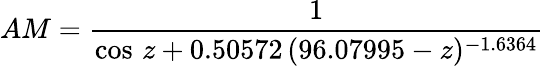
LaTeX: AM={\frac{1}{\cos\, z+0.50572\, (96.07995-z)^{-1.6364}}}